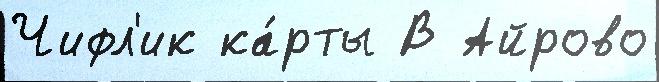
Чифл'ик ка́рты В Айрово